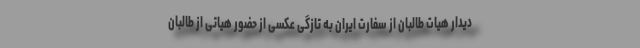
دیدار هیات طالبان از سفارت ایران به تازگی عکسی از حضور هیاتی از طالبان